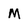
Character: M